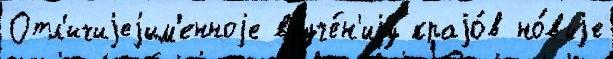
Отл'ичиjеjим'енноjе вруче́н'иjу краjо́в но́выjе